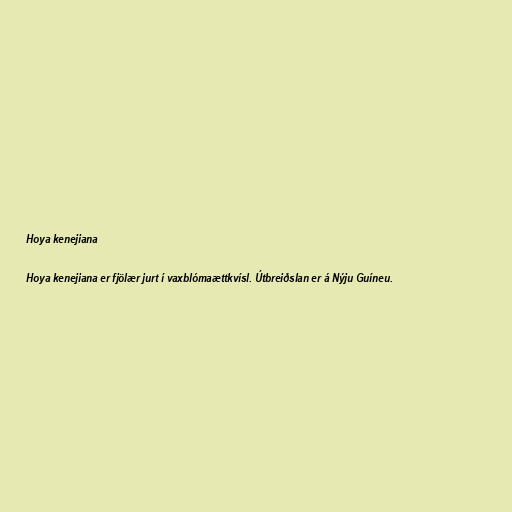
Hoya kenejiana

Hoya kenejiana er fjölær jurt í vaxblómaættkvísl. Útbreiðslan er á Nýju Guíneu.